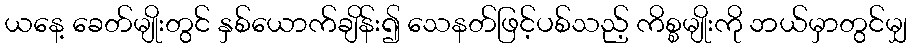
ယနေ့ ခေတ်မျိုးတွင် နှစ်ယောက်ချိန်း၍ သေနတ်ဖြင့်ပစ်သည့် ကိစ္စမျိုးကို ဘယ်မှာတွင်မျှ